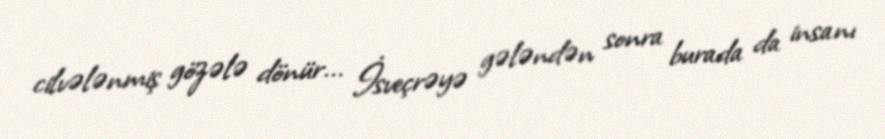
cilvələnmiş gözələ dönür... İsveçrəyə gələndən sonra burada da insanı